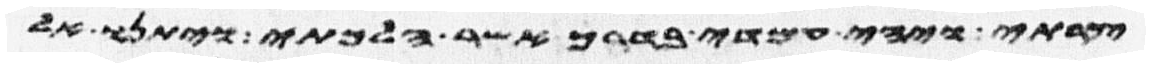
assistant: צרתי ויהי עמדי בדרך אשר הלכתי ויתנו אל